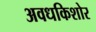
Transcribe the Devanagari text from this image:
अवधकिशोर